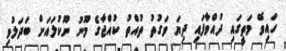
ހައިވޭ މަތީގައި ދުއްވާފައި ދިޔަ ވަގުތު ތުއްތު ކުއްޖާގެ މޫނު ނޫކުލައަށް ބަދަލުވި